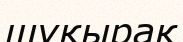
шұқырақ